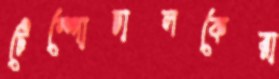
টেম্পোচালকেরা